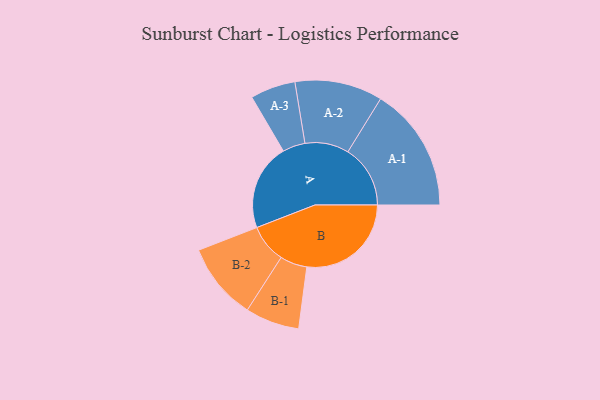
{"axis": {"x": "Segment", "y": "Value"}, "legend": ["", "A", "B"], "data": [{"x": "A", "y": 406, "type": ""}, {"x": "B", "y": 490, "type": ""}, {"x": "A-1", "y": 293, "type": "A"}, {"x": "A-2", "y": 206, "type": "A"}, {"x": "A-3", "y": 106, "type": "A"}, {"x": "B-1", "y": 127, "type": "B"}, {"x": "B-2", "y": 181, "type": "B"}]}